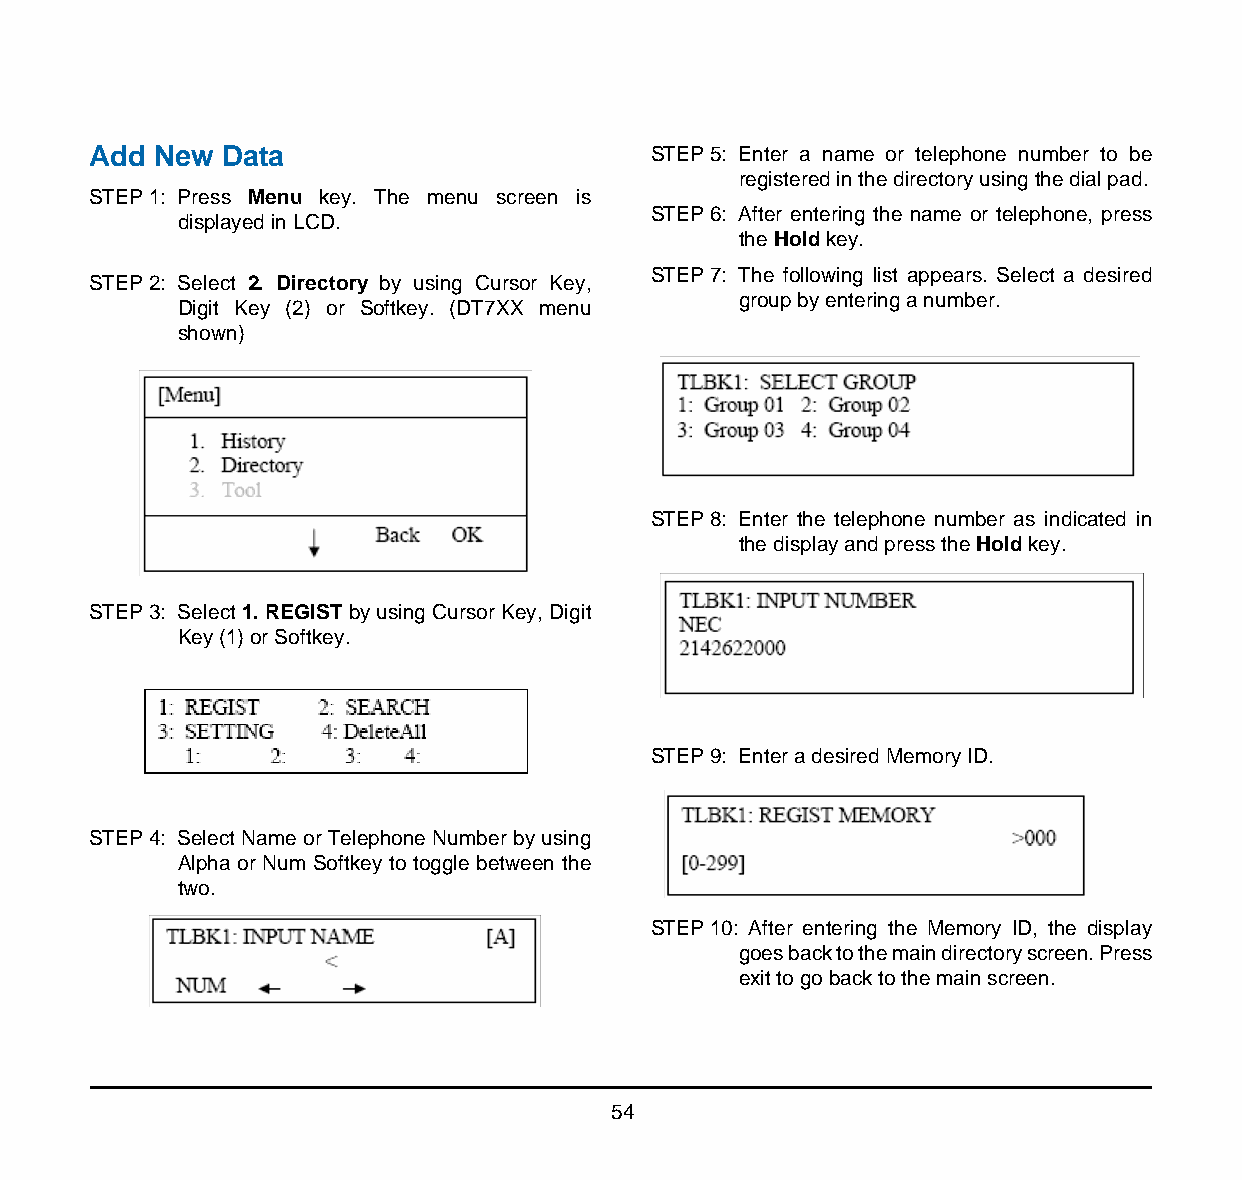
Add  New Data                         STEP 5: Enter a name or telephone number to be
 registered in the directory using the dial pad.
 STEP 1: Press Menu key. The menu screen is
 STEP 6: After entering the name or telephone, press
 displayed in LCD.
 the Hold key.
 STEP 7: The following list appears. Select a desired
 STEP 2: Select 2. Directory by using Cursor Key,
 group by entering a number.
 Digit Key (2) or Softkey. (DT7XX menu
 shown)
 [Directory]
 Personal
 STEP 8: Enter the telephone number as indicated in
 the display and press the Hold key.
 STEP 3: Select 1. REGIST by using Cursor Key, Digit
 Key (1) or Softkey.
 [Directory]
 STEP 9: Enter a desired Memory ID.
 STEP 4: Select Name or Telephone Number by using
 Alpha or Num Softkey to toggle between the
 two.
 [Directory]                         STEP 10: After entering the Memory ID, the display
 goes back to the main directory screen. Press
 exit to go back to the main screen.
 54